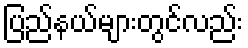
ပြည်နယ်များတွင်လည်း